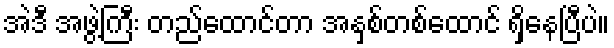
အဲဒီ အဖွဲ့ကြီး တည်ထောင်တာ အနှစ်တစ်ထောင် ရှိနေပြီပဲ။